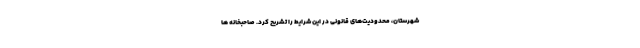
شهرستان، محدودیت‌های قانونی در این شرایط را تشریح کرد. صاحبخانه ها